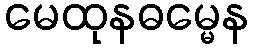
မေထုနဓမ္မေန